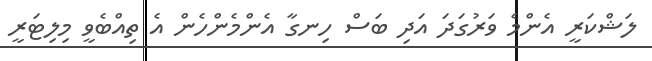
ލަޝްކަރީ އެންމެ ވަރުގަދަ އަދި ބަސް ހިނގާ އެންމެންހެން އެ ތިއްބެވީ މިލިޓަރީ